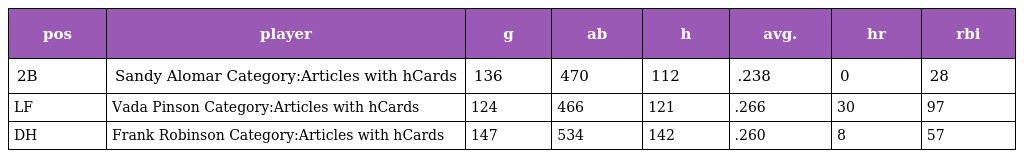
| pos | player | g | ab | h | avg. | hr | rbi |
 | --- | --- | --- | --- | --- | --- | --- | --- |
 | 2B | Sandy Alomar Category:Articles with hCards | 136 | 470 | 112 | .238 | 0 | 28 |
 | LF | Vada Pinson Category:Articles with hCards | 124 | 466 | 121 | .266 | 30 | 97 |
 | DH | Frank Robinson Category:Articles with hCards | 147 | 534 | 142 | .260 | 8 | 57 |